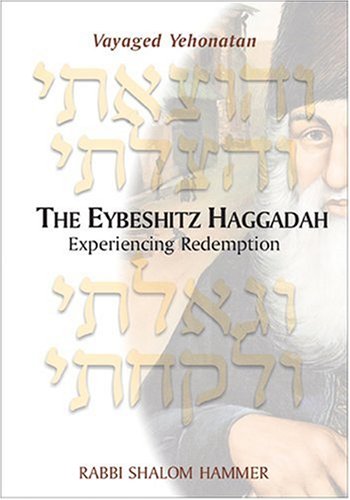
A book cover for The Eybeshitz Haggadah: Experiencing Redemption; Shalom Hammer; Religion & Spirituality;